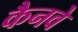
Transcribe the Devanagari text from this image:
कैनवे